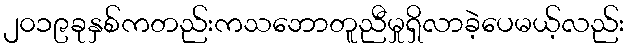
၂၀၁၉ခုနှစ်ကတည်းကသဘောတူညီမှုရှိလာခဲ့ပေမယ့်လည်း